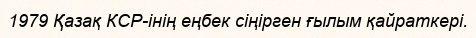
1979 Қазақ КСР-інің еңбек сіңірген ғылым қайраткері.